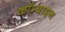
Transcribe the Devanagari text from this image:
कॉम्बाइन